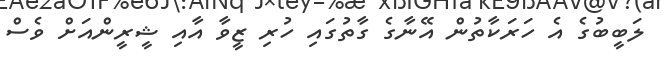
ލަބީބުގެ އެ ހަރަކާތުން އޭނާގެ ގާތުގައި ހުރި ޒީވާ އާއި ޝީރީންއަށް ވެސް